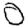
Digit: 0